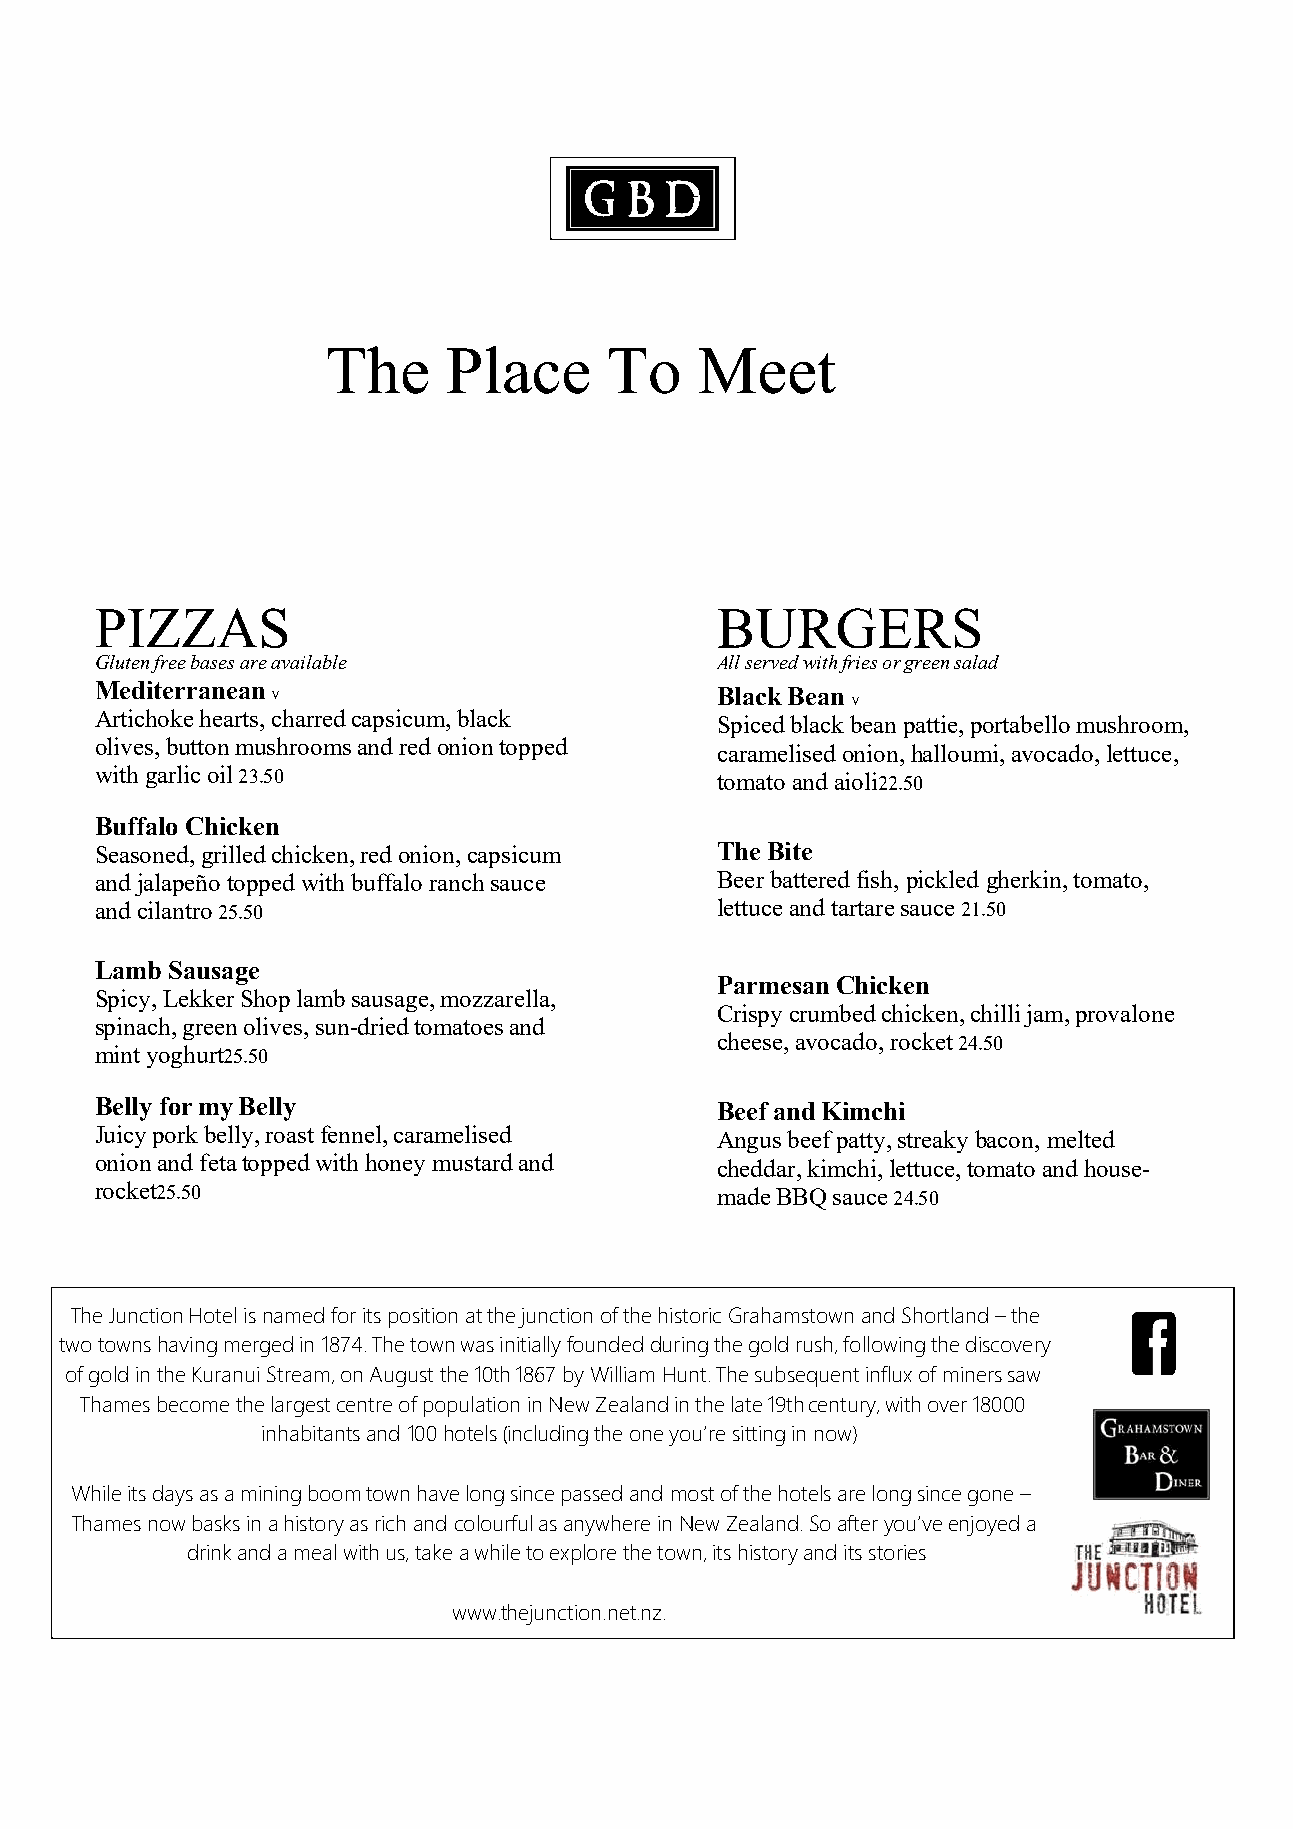
The     Place     To    Meet
 PIZZAS                                   BURGERS
 Gluten free bases are available          All served with fries or green salad
 Mediterranean V                          Black Bean V
 Artichoke hearts, charred capsicum, black Spiced black bean pattie, portabello mushroom,
 olives, button mushrooms and red onion topped caramelised onion, halloumi, avocado, lettuce,
 with garlic oil 23.50                    tomato and aioli22.50
 Buffalo Chicken
 Seasoned, grilled chicken, red onion, capsicum The Bite
 and jalapeño topped with buffalo ranch sauce Beer battered fish, pickled gherkin, tomato,
 and cilantro 25.50                       lettuce and tartare sauce 21.50
 Lamb Sausage
 Parmesan Chicken
 Spicy, Lekker Shop lamb sausage, mozzarella,
 Crispy crumbed chicken, chilli jam, provalone
 spinach, green olives, sun-dried tomatoes and
 cheese, avocado, rocket 24.50
 mint yoghurt25.50
 Belly for my Belly                       Beef and Kimchi
 Juicy pork belly, roast fennel, caramelised Angus beef patty, streaky bacon, melted
 onion and feta topped with honey mustard and cheddar, kimchi, lettuce, tomato and house-
 rocket25.50                              made BBQ sauce 24.50
 The Junction Hotel is named for its position at the junction of the historic Grahamstown and Shortland – the
 two towns having merged in 1874. The town was initially founded during the gold rush, following the discovery
 of gold in the Kuranui Stream, on August the 10th 1867 by William Hunt. The subsequent influx of miners saw
 Thames become the largest centre of population in New Zealand in the late 19th century, with over 18000
 inhabitants and 100 hotels (including the one you’re sitting in now)
 While its days as a mining boom town have long since passed and most of the hotels are long since gone –
 Thames now basks in a history as rich and colourful as anywhere in New Zealand. So after you’ve enjoyed a
 drink and a meal with us, take a while to explore the town, its history and its stories
 www.thejunction.net.nz.